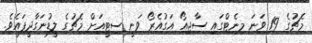
މެޗުގެ 19 ވަނަ މިނެޓްގައި ސާޖިއޯ އަގުއެރޯ ވަނީ ސިޓީއަށް މެޗުގެ ލީޑުނަގާދީފައެވެ.